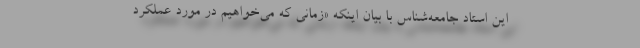
این استاد جامعه‌شناس با بیان اینکه «زمانی که می‌خواهیم در مورد عملکرد